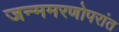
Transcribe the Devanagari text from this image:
जन्ममरणोपरांत